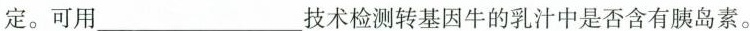
定。可用____技术检测转基因牛的乳汁中是否含有胰岛素。